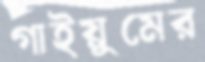
গাইয়ুমের